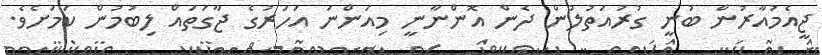
ޖީއެމުއާރުން ބުނީ ގުރުއަތުލުން ދެން އޮންނާނީ މިއަންނަ އަހަރުގެ ޖާގަތައް ލިބުމުން ކަމަށެވެ.